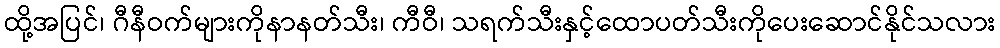
ထို့အပြင်၊ ဂီနီဝက်များကိုနာနတ်သီး၊ ကီဝီ၊ သရက်သီးနှင့်ထောပတ်သီးကိုပေးဆောင်နိုင်သလား